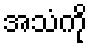
အသံကို